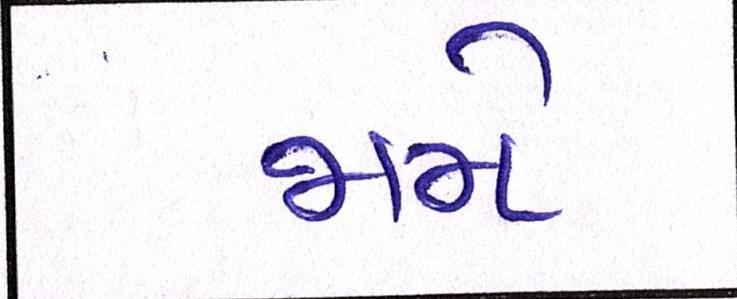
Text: જામે